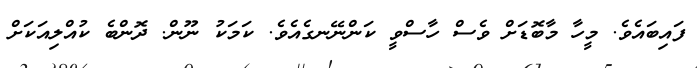
ފައިބައެވެ. މީހާ މާބޮޑަށް ވެސް ހާސްވީ ކަންނޭނގެއެވެ. ކަމަކު ނޫން. ދޮންބެ ކުއްލިއަކަށް